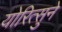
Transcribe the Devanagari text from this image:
योरित्सुने